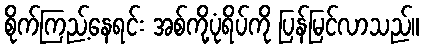
စိုက်ကြည့်နေရင်း အစ်ကို့ပုံရိပ်ကို ပြန်မြင်လာသည်။